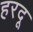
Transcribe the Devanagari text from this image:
हरदू